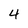
Character: 4